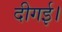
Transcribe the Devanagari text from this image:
दीगई।